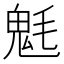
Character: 𩲊